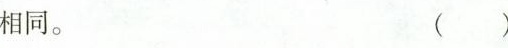
相同。 ( )